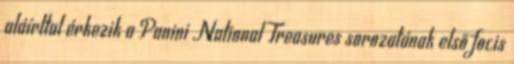
aláírttal érkezik a Panini National Treasures sorozatának első focis